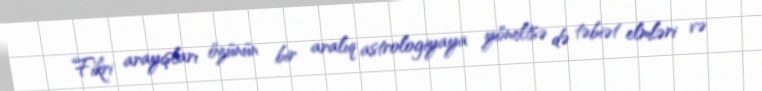
Fikri arayışları özünün bir aralıq astrologiyaya yöneltsə də təbiət elmləri və